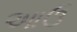
આઉ